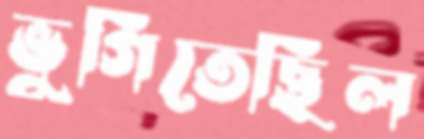
ভুগিতেছিল